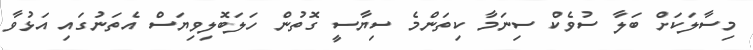
މިސާލަކަށް ބަލާ ސުވެކް ސިނަމާ ކިތަންމެ ސިޔާސީ ގޮތުން ހަލަބޮލިވިޔަސް އެތަނުގައި އަޅުވާ